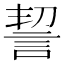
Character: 䛚